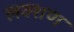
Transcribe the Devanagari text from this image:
लक्शण